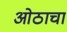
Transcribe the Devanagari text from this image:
ओठाचा